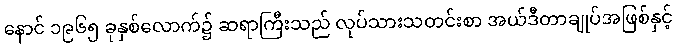
နောင် ၁၉၆၅ ခုနှစ်လောက်၌ ဆရာကြီးသည် လုပ်သားသတင်းစာ အယ်ဒီတာချုပ်အဖြစ်နှင့်